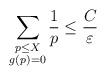
LaTeX: \begin{align*}\sum_{\substack{p \leq X \\ g(p) = 0}} \frac{1}{p} \leq \frac{C}{\varepsilon}\end{align*}